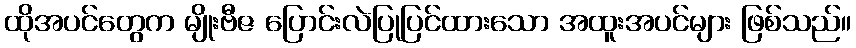
ထိုအပင်တွေက မျိုးဗီဇ ပြောင်းလဲပြုပြင်ထားသော အထူးအပင်များ ဖြစ်သည်။